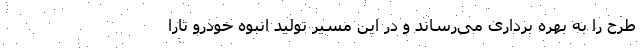
طرح را به بهره برداری می‌رساند و در این مسیر تولید انبوه خودرو تارا